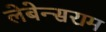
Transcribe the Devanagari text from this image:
लेबेन्सराम